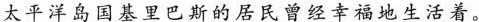
太平洋岛国基里巴斯的居民曾经幸福地生活着。